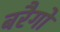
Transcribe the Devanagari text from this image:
बरैगो